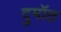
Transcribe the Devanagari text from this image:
दुमॉत